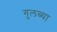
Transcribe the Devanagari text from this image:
गुलब्या